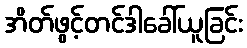
အိတ်ဖွင့်တင်ဒါခေါ်ယူခြင်း